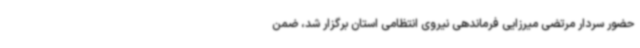
حضور سردار مرتضی میرزایی فرماندهی نیروی انتظامی استان برگزار شد، ضمن